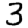
Digit: 3